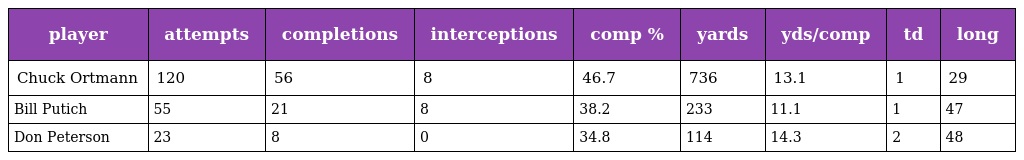
| player | attempts | completions | interceptions | comp % | yards | yds/comp | td | long |
 | --- | --- | --- | --- | --- | --- | --- | --- | --- |
 | Chuck Ortmann | 120 | 56 | 8 | 46.7 | 736 | 13.1 | 1 | 29 |
 | Bill Putich | 55 | 21 | 8 | 38.2 | 233 | 11.1 | 1 | 47 |
 | Don Peterson | 23 | 8 | 0 | 34.8 | 114 | 14.3 | 2 | 48 |